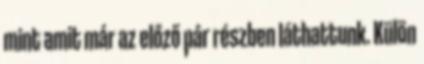
mint amit már az előző pár részben láthattunk. Külön